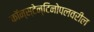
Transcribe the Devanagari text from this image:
कॉन्स्टेन्टिनोपलवरील